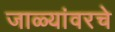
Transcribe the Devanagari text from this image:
जाळ्यांवरचे